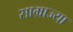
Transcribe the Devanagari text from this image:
साम्राज्या